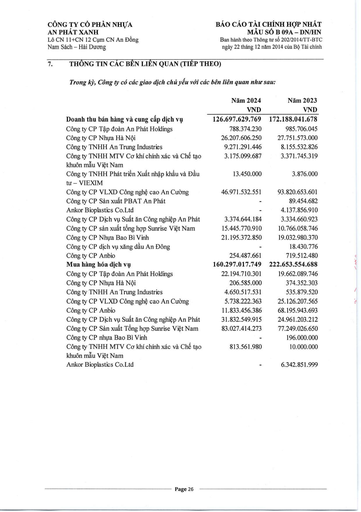
||Năm 2024 VND|Năm 2023 VND| |---|---|---| |Doanh thu bán hàng và cung cấp dịch vụ|126.697.629.769|172.188.041.678| |Công ty CP Tập đoàn An Phát Holdings|788.374.230|985.706.045| |Công ty CP Nhựa Hà Nội|26.207.606.250|27.751.573.000| |Công ty TNHH An Trung Industries|9.271.291.446|8.155.532.826| |Công ty TNHH MTV Cơ khí chính xác và Chế tạo khuôn mẫu Việt Nam|3.175.099.687|3.371.745.319| |Công ty TNHH Phát triển Xuất nhập khẩu và Đầu tư- VIEXIM|13.450.000|3.876.000| |Công ty CP VLXD Công nghệ cao An Cường|46.971.532.551|93.820.653.601| |Công ty CP Sản xuất PBAT An Phát|-|89.454.682| |Ankor Bioplastics Co.Ltd|-|4.137.856.910| |Công ty CP Dịch vụ Suất ăn Công nghiệp An Phát|3.374.644.184|3.334.660.923| |Công ty CP Sản xuất Tổng hợp Sunrise Việt Nam|15.445.770.910|10.766.058.746| |Công ty CP Nhựa Bao Bì Vinh|21.195.372.850|19.032.980.370| |Công ty CP Dịch vụ Xăng dầu An Đông|-|18.430.776| |Công ty CP Anbio|254.487.661|719.512.480| |Mua hàng hóa dịch vụ|160.297.017.749|222.653.554.688| |Công ty CP Tập đoàn An Phát Holdings|22.194.710.301|19.662.089.746| |Công ty CP Nhựa Hà Nội|206.585.000|374.352.303| |Công ty TNHH An Trung Industries|4.650.517.531|535.879.520| |Công ty CP VLXD Công nghệ cao An Cường|5.738.222.363|25.126.207.565| |Công ty CP Anbio|11.833.456.386|68.195.943.693| |Công ty CP Dịch vụ Suất ăn Công nghiệp An Phát|31.832.549.915|24.961.203.212| |Công ty CP Sản xuất Tổng hợp Sunrise Việt Nam|83.027.414.273|77.249.026.650| |Công ty CP Nhựa Bao Bì Vinh|-|196.000.000| |Công ty TNHH MTV Cơ khí chính xác và Chế tạo khuôn mẫu Việt Nam|813.561.980|10.000.000| |Ankor Bioplastics Co.Ltd|-|6.342.851.999|